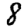
Digit: 8